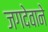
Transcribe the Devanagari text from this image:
जगदेवाने